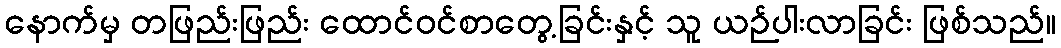
နောက်မှ တဖြည်းဖြည်း ထောင်ဝင်စာတွေ့ခြင်းနှင့် သူ ယဉ်ပါးလာခြင်း ဖြစ်သည်။